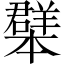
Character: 𦏓